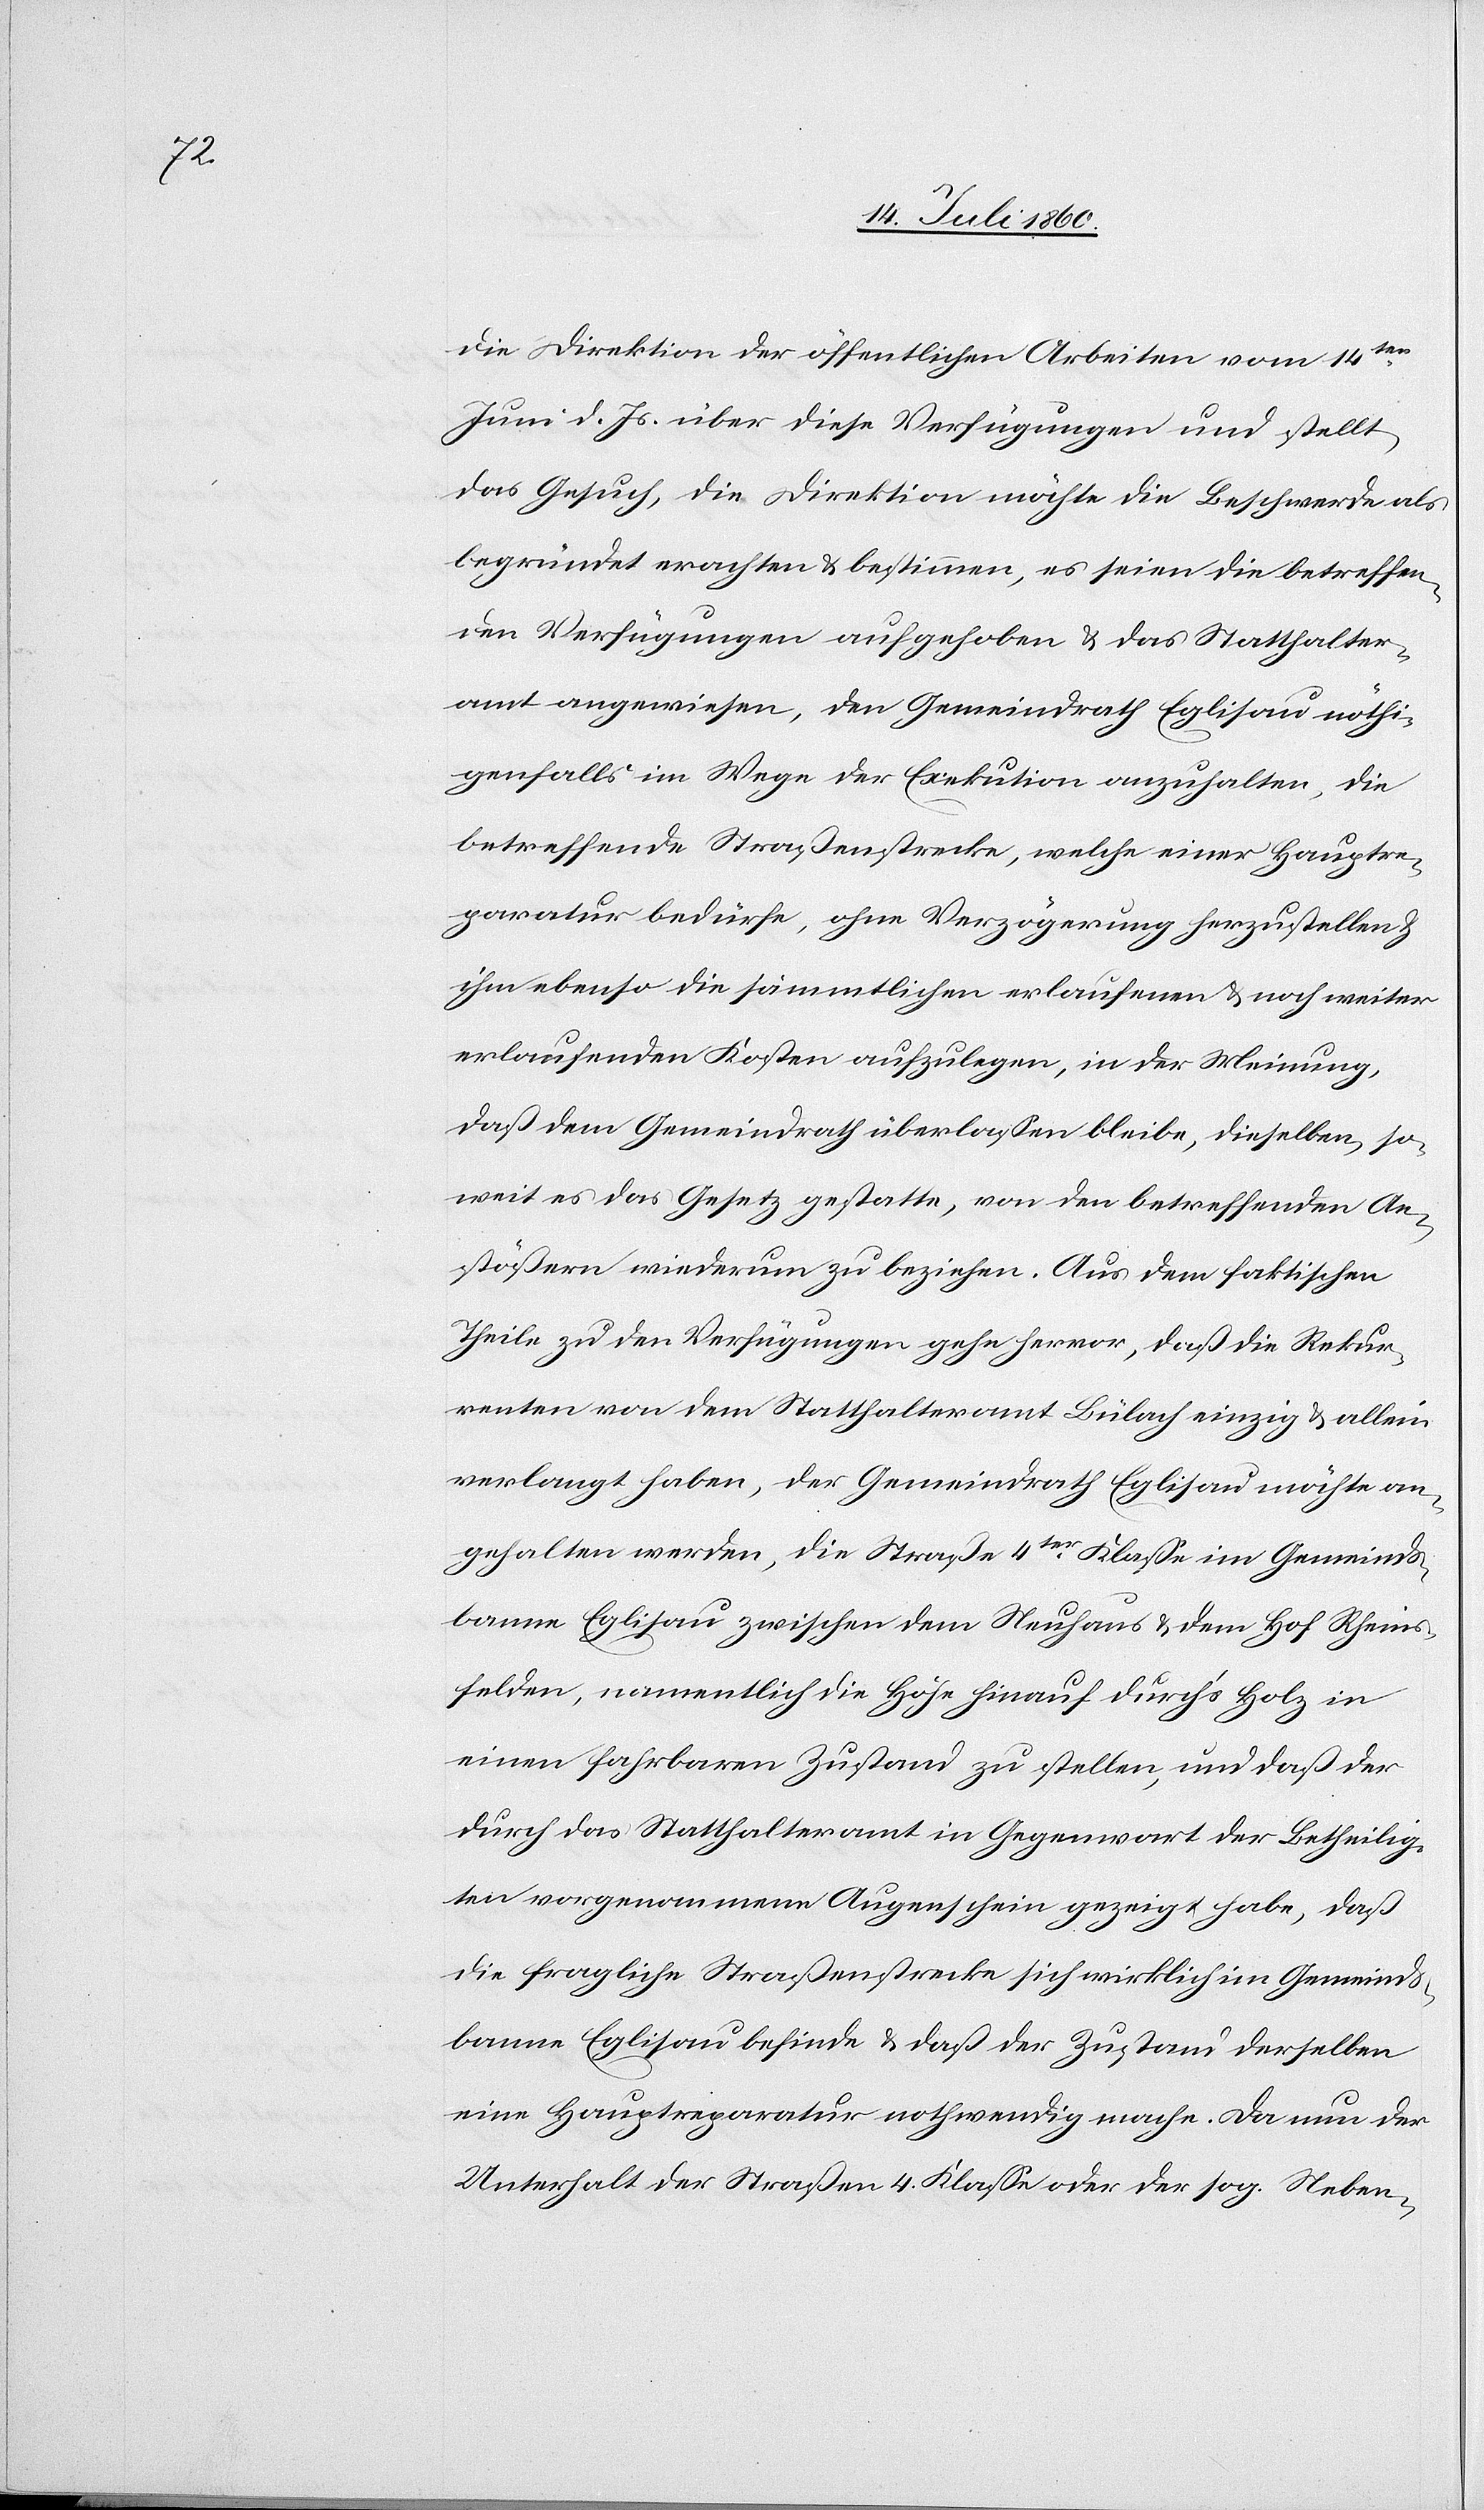
die Direktion der öffentlichen Arbeiten vom 14ten.
Juni d. Js. über diese Verfügungen und stellt
das Gesuch, die Direktion möchte die Beschwerde als
begründet erachten & bestimmen, es seien die betreffen¬
den Verfügungen aufgehoben & das Statthalter¬
amt angewiesen, den Gemeindrath Eglisau, nöthi¬
genfalls im Wege der Exekution anzuhalten, die
betreffende Straßenstrecke, welche einer Hauptre¬
paratur bedürfe, ohne Verzögerung herzustellen &
ihm ebenso die sämmtlichen erlaufenen & noch weiter
erlaufenden Kosten aufzulegen, in der Meinung,
daß dem Gemeindrath überlassen bleibe, dieselben, so¬
weit es das Gesetz gestatte, von den betreffenden An¬
stößern wiederum zu beziehen. Aus dem faktischen
Theile zu den Verfügungen gehe hervor, daß die Rekur¬
renten von dem Statthalteramt Bülach einzig & allein
verlangt haben, der Gemeindrath Eglisau möchte an¬
gehalten werden, die Straße 4ter. Klasse im Gemeinds¬
banne Eglisau zwischen dem Neuhaus & dem Hof Rheins¬
felden, namentlich die Höhe hinauf durchs Holz in
einen fahrbaren Zustand zu stellen, und daß der
durch das Statthalteramt in Gegenwart der Betheilig¬
ten vorgenommene Augenschein gezeigt habe, daß
die fragliche Straßenstrecke sich wirklich im Gemeinds¬
banne Eglisau befinde & daß der Zustand derselben
eine Hauptreparatur nothwendig mache. Da nun der
Unterhalt der Straßen 4. Klasse oder der sog. Neben-